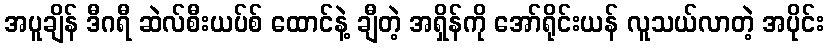
အပူချိန် ဒီဂရီ ဆဲလ်စီးယပ်စ် ထောင်နဲ့ ချီတဲ့ အရှိန်ကို အော်ရိုင်းယန် လူသယ်လာတဲ့ အပိုင်း